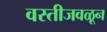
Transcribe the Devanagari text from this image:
वस्तीजवळून